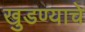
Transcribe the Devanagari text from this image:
खुडण्याचे